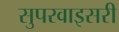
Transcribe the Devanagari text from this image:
सुपरवाइसरी